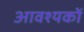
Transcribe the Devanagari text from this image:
आवश्यकों